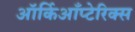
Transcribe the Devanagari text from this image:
ऑर्किआँप्टेरिक्स